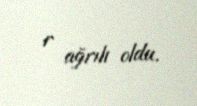
r ağrılı oldu.